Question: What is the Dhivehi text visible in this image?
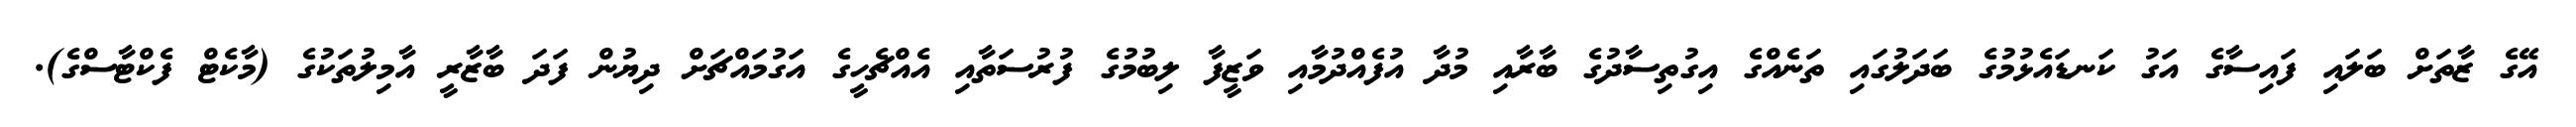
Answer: އޭގެ ޒާތަށް ބަލައި ފައިސާގެ އަގު ކަނޑައެޅުމުގެ ބަދަލުގައި ތަނެއްގެ އިގުތިސާދުގެ ބާރާއި މުދާ އުފެއްދުމާއި ވަޒީފާ ލިބުމުގެ ފުރުސަތާއި އެއްޗެހީގެ އަގުމައްޗަށް ދިޔުން ފަދަ ބާޒާރީ އާމިލުތަކުގެ (މާކެޓް ފެކްޓާސްގެ).